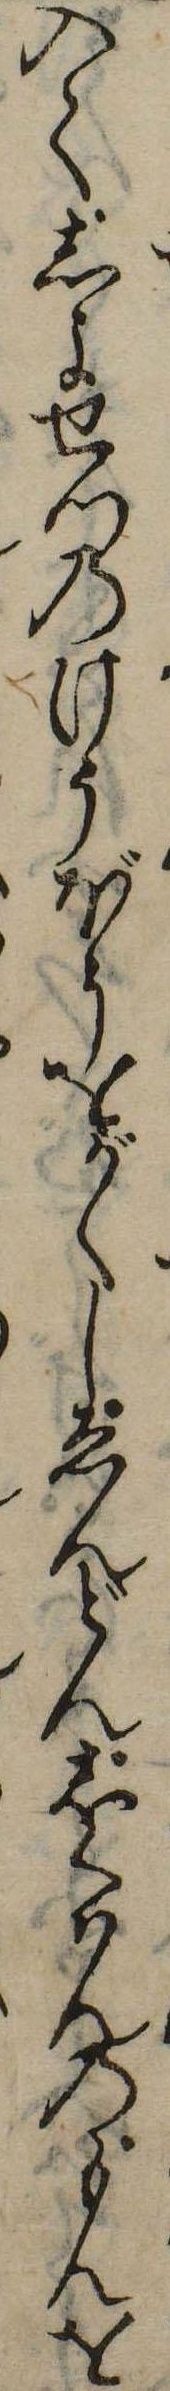
入てしよせつのけうぼうをがくしゑんどんしくはんのもんを